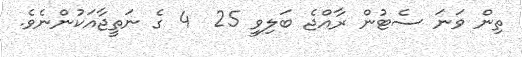
ތިން ވަނަ ސެޓުން ރާއްޖެ ބަލިވީ 25  4 ގެ ނަތީޖާއަކުންނެވެ.